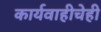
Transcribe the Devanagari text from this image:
कार्यवाहीचेही